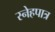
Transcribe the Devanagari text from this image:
स्नेहपात्र